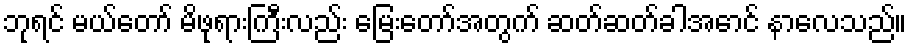
ဘုရင် မယ်တော် မိဖုရားကြီးလည်း မြေးတော်အတွက် ဆတ်ဆတ်ခါအောင် နာလေသည်။